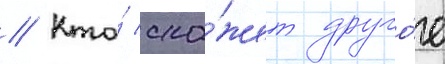
// Кто́ ска́жет друго́е